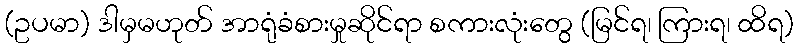
(ဥပမာ) ဒါမှမဟုတ် အာရုံခံစားမှုဆိုင်ရာ စကားလုံးတွေ (မြင်ရ၊ ကြားရ၊ ထိရ)